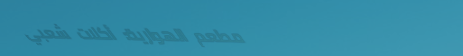
مطعم الهوارية: أكلات شعبي